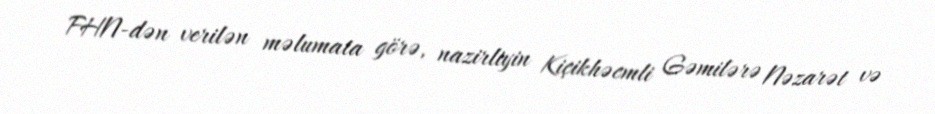
FHN-dən verilən məlumata görə, nazirliyin Kiçikhəcmli Gəmilərə Nəzarət və